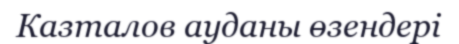
Казталов ауданы өзендері